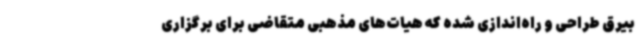
بیرق طراحی و راه‌اندازی شده که هیات‌های مذهبی متقاضی برای برگزاری